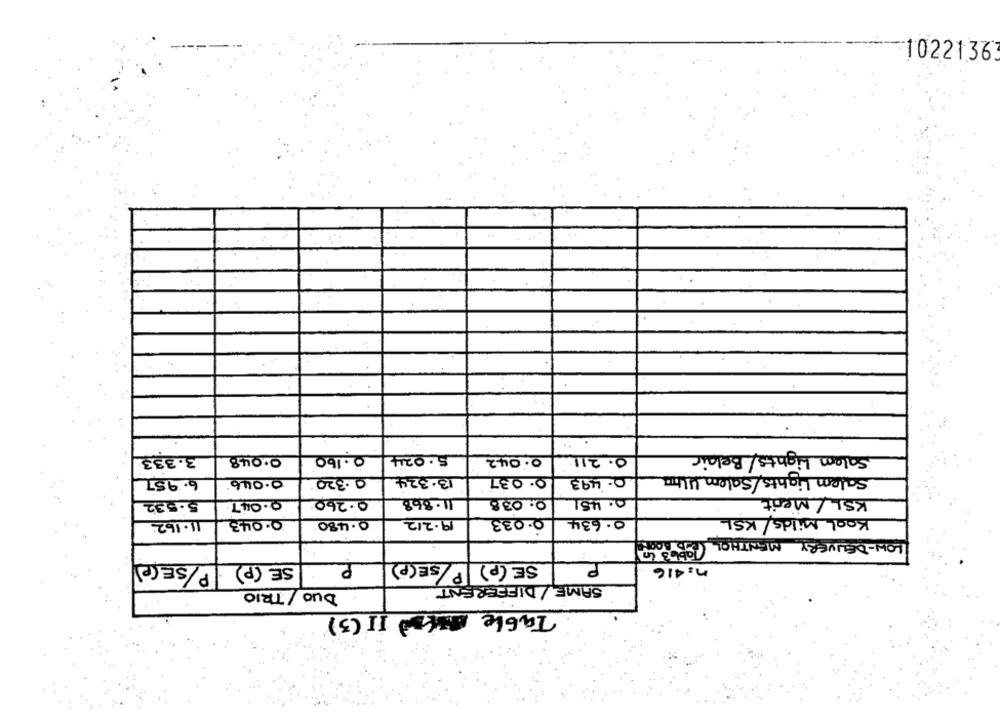
10221363
Salam Lights/ Belair
3.333
0.048
0.160
5.024
0.042
0.211
Salem Lights/Salem Ulim
6.957
0.046
0.320
13.324
0.037
0.493
5.532
0.047
0.260
11.868
0.038
0.451
KSL / Ment
Kool Milds/ KSL
11.162
0.043
0.480
19.212
0.033
0.634
LOW-DELIVERY MENTHOL POb63 60
SE (P) P/SE(P)
P
SE (p) P/SE(P)
n= 416
SAME/ DIFFERENT
DUO / TRIO
Table MALEDII (3)